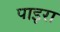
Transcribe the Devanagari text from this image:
पाइरा